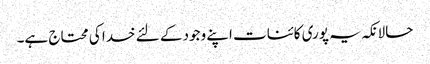
حالانکہ یہ پوری کائنات اپنے وجود کے لئے خدا کی محتاج ہے۔